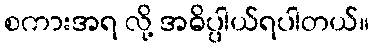
စကားအရ လို့ အဓိပ္ပါယ်ရပါတယ်။